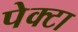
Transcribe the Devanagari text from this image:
पेक्टा